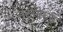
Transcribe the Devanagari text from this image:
तटावरुन